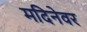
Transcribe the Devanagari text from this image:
मदिनेवर